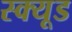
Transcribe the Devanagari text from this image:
स्क्यूड